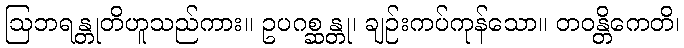
ဩဘရန္တုတိဟူသည်ကား။ ဥပဂစ္ဆန္တု၊ ချဉ်းကပ်ကုန်သော။ တဝန္တိကေတိ၊